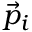
\vec { p } _ { i }